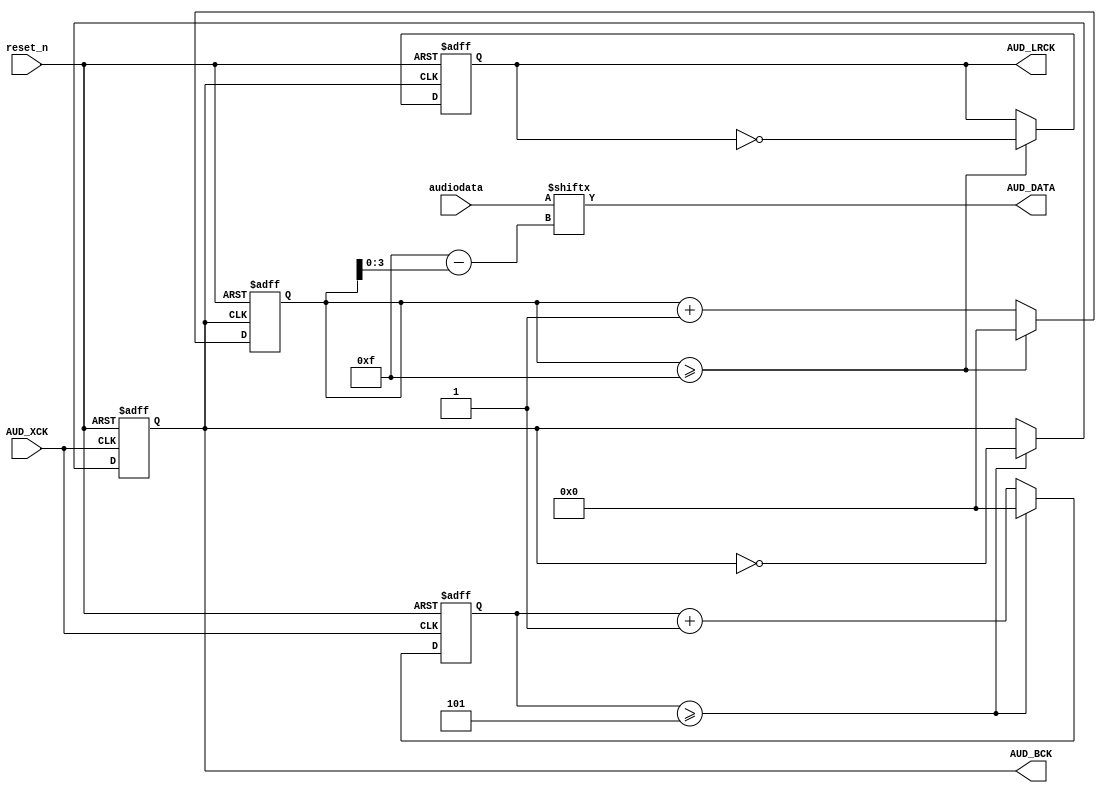
module I2S_Audio(AUD_XCK,
                 reset_n,
                 AUD_BCK,
					  AUD_DATA,
					  AUD_LRCK,
					  audiodata);
input AUD_XCK;
input reset_n;
output reg AUD_BCK;
output AUD_DATA;
output reg AUD_LRCK;
input [15:0] audiodata;


reg [7:0] bck_counter;
reg [7:0] lr_counter;
wire [7:0] bitaddr;

//generate BCK 1.536MHz
always @ (posedge AUD_XCK or negedge reset_n)
begin
       if(!reset_n)
		 begin
		    bck_counter <= 8'd0;
			 AUD_BCK     <= 1'b0;
		 end
		 else
		 begin
		    
			 if(bck_counter >= 8'd5) //div XCK by 12
			 begin
			     bck_counter <= 8'd0;
				  AUD_BCK <= ~AUD_BCK;
			 end
			 else
			   bck_counter <= bck_counter + 8'd1;
		 end
		 
end

//generate LRCK, 48kHz, at negedge of BCK

always @ (negedge AUD_BCK or negedge reset_n)
begin
       if(!reset_n)
		 begin
		    lr_counter <= 8'd0;
			 AUD_LRCK     <= 1'b0;
		 end
		 else
		 begin
		    
			 if(lr_counter >= 8'd15) //div BCK by 32
			 begin
			     lr_counter <= 8'd0;
				  AUD_LRCK <= ~AUD_LRCK;
			 end
			 else
			   lr_counter <= lr_counter + 8'd1;
		end
		 
end

//send data, input data avaible at posedge of lrclk, prepared at the posedge of bck

assign  bitaddr  = 8'd15- lr_counter;
assign  AUD_DATA = audiodata[bitaddr[3:0]];

		

endmodule